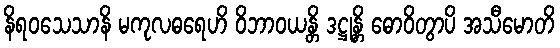
နိရဝသေသာနိ မကုလဓရေဟိ ဝိဘာဝယန္တိ ဒဋ္ဌုန္တိ ဓောဝိတွာပိ အသီမောတိ